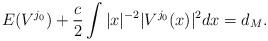
LaTeX: \begin{align*}E(V^{j_0}) + \frac{c}{2} \int |x|^{-2} |V^{j_0}(x)|^2 dx = d_M.\end{align*}